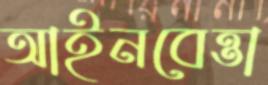
আইনবেত্তা